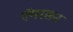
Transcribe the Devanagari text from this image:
ऍमरसन